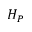
H _ { P }